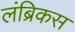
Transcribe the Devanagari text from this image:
लंब्रिकस